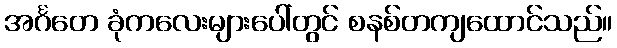
အင်္ဂတေ ခုံကလေးများပေါ်တွင် စနစ်တကျထောင်သည်။